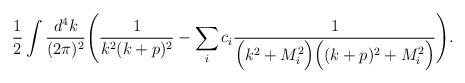
LaTeX: \begin{align*}\frac{1}{2}\int \frac{d^4k}{(2\pi)^2}\Bigg(\frac{1}{k^2 (k+p)^2}-\sum\limits_i c_i\frac{1}{\Big(k^2+M_i^2\Big)\Big((k+p)^2+M_i^2\Big)}\Bigg).\end{align*}